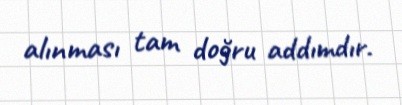
alınması tam doğru addımdır.